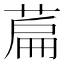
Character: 萹